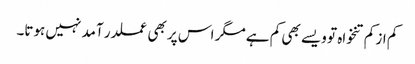
کم از کم تنخواہ تو ویسے بھی کم ہے مگر اس پر بھی عملدر آمد نہیں ہوتا۔